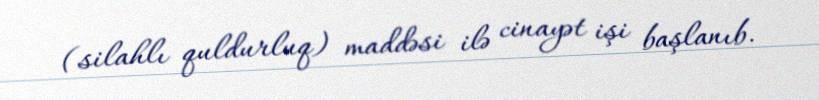
(silahlı quldurluq) maddəsi ilə cinayət işi başlanıb.